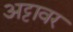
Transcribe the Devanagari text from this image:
अट्टावर